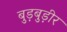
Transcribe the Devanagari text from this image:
बुड़बुड़ीर